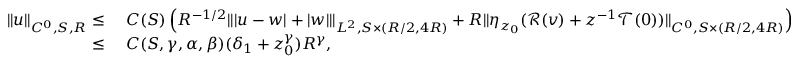
\begin{array} { r l } { \| u \| _ { C ^ { 0 } , S , R } \leq } & { \ C ( S ) \left( R ^ { - 1 / 2 } \| | u - w | + | w | \| _ { L ^ { 2 } , S \times ( R / 2 , 4 R ) } + R \| \eta _ { z _ { 0 } } ( \mathscr { R } ( v ) + z ^ { - 1 } \mathscr { T } ( 0 ) ) \| _ { C ^ { 0 } , S \times ( R / 2 , 4 R ) } \right) } \\ { \leq } & { \ C ( S , \gamma , \alpha , \beta ) ( \delta _ { 1 } + z _ { 0 } ^ { \gamma } ) R ^ { \gamma } , } \end{array}